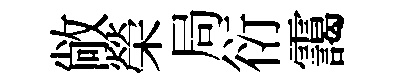
敞榮局衍靄